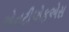
એનટીએફએસ